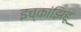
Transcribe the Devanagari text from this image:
इच्कांझिहू